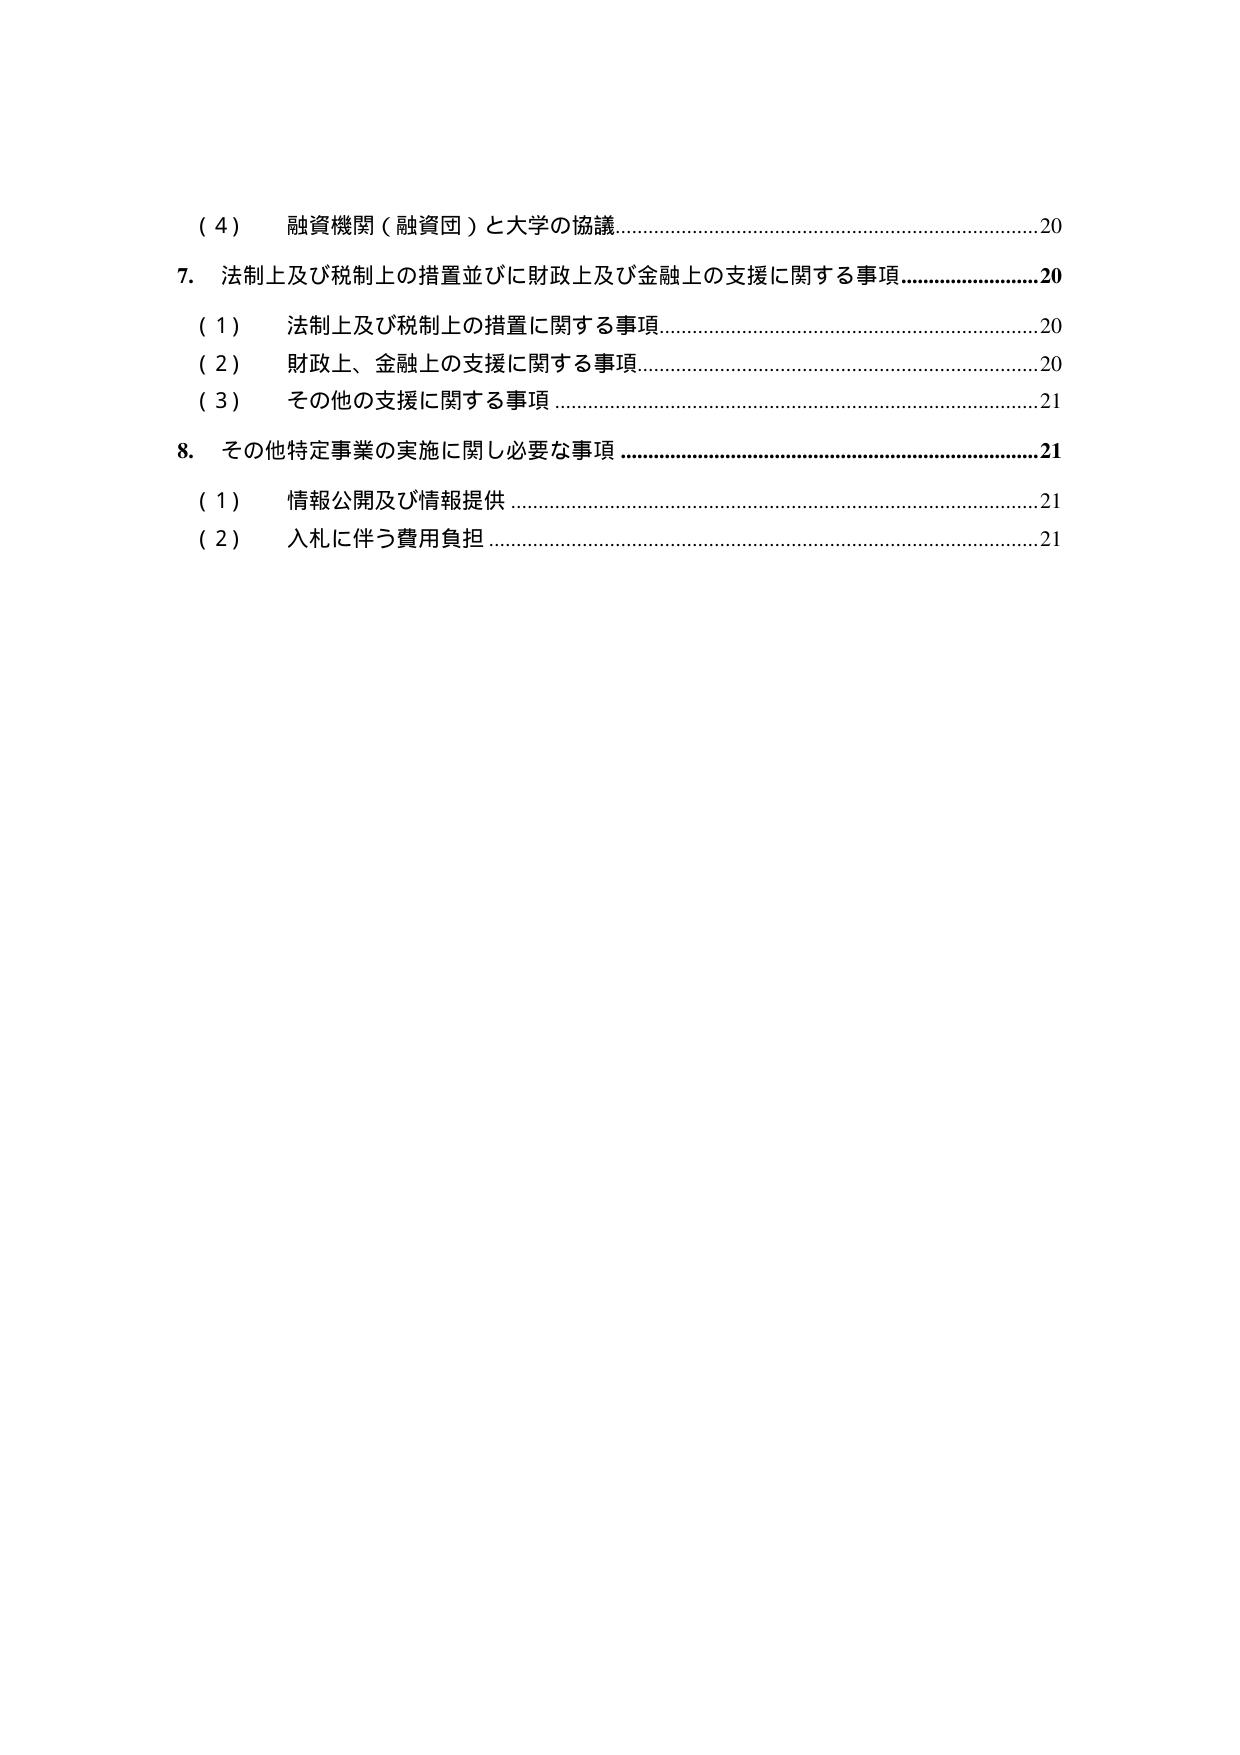
（４） 融資機関（融資団）と大学の協議…………………………………………………………20
7． 法制上及び税制上の措置並びに財政上及び金融上の支援に関する事項…………………20
（１） 法制上及び税制上の措置に関する事項…………………………………………………20
（２） 財政上、金融上の支援に関する事項……………………………………………………20
（３） その他の支援に関する事項 ………………………………………………………………21
8． その他特定事業の実施に関し必要な事項 ………………………………………………21
（１） 情報公開及び情報提供 …………………………………………………………………21
（２） 入札に伴う費用負担 ……………………………………………………………………21